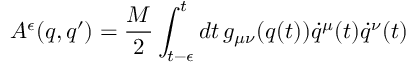
{ \cal A } ^ { \epsilon } ( q , q ^ { \prime } ) = \frac { M } { 2 } \int _ { t - \epsilon } ^ { t } d t \, g _ { \mu \nu } ( q ( t ) ) \dot { q } ^ { \mu } ( t ) \dot { q } ^ { \nu } ( t )